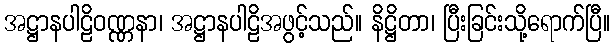
အဋ္ဌာနပါဠိဝဏ္ဏနာ၊ အဋ္ဌာနပါဠိအဖွင့်သည်။ နိဋ္ဌိတာ၊ ပြီးခြင်းသို့ရောက်ပြီ။